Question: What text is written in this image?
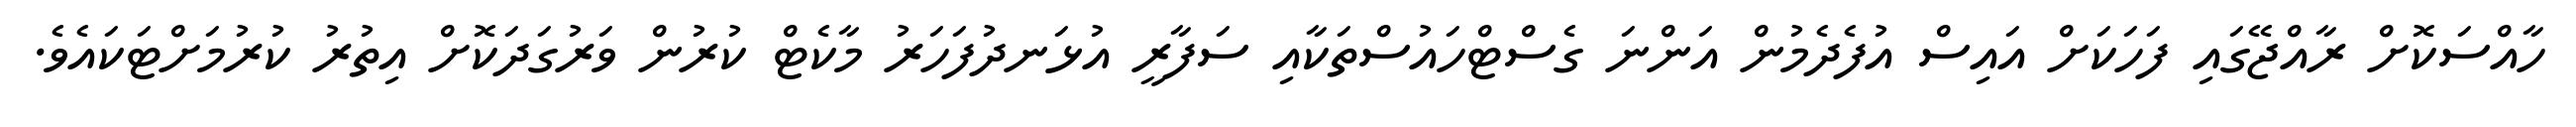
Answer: ހާއްސަކޮށް ރާއްޖޭގައި ފަހަކަށް އައިސް އުފެދެމުން އަންނަ ގެސްޓްހައުސްތަކާއި ސަފާރީ އުޅަނދުފަހަރު މާކެޓް ކުރުން ވަރުގަދަކޮށް އިތުރު ކުރުމަށްޓަކައެވެ.